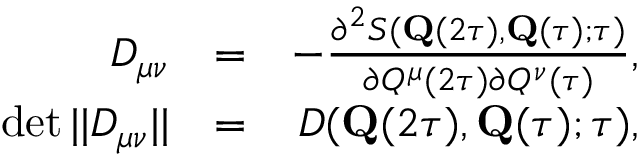
\begin{array} { r l r } { D _ { \mu \nu } } & { = } & { - \frac { \partial ^ { 2 } S ( \mathbf { Q } ( 2 \tau ) , \mathbf { Q } ( \tau ) ; \tau ) } { \partial { Q } ^ { \mu } ( 2 \tau ) \partial { Q } ^ { \nu } ( \tau ) } , } \\ { \operatorname* { d e t } | | D _ { \mu \nu } | | } & { = } & { D ( \mathbf { Q } ( 2 \tau ) , \mathbf { Q } ( \tau ) ; \tau ) , } \end{array}